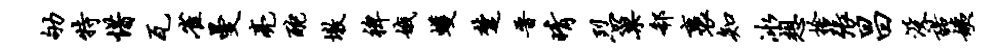
劬特惜瓦雀曼亮酡墩裨娥蠖楚晋晴烈巢欷裹知冰想舍张昌没诺姨